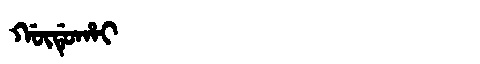
Manchu: ᡤᡡᡩᡠᡥᠠᡳ
Romanization: GŪDUHAI